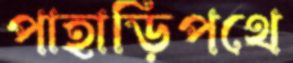
পাহাড়িপথে